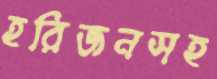
হরিজনসহ